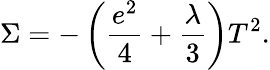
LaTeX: \Sigma=-\left(\frac{e^{2}}{4}+\frac{\lambda}{3}\right)T^{2}.